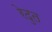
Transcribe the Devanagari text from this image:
रेदुत